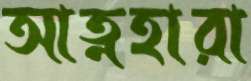
আত্নহারা